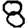
Digit: 8